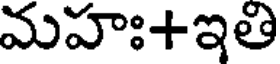
మహః+ఇతి